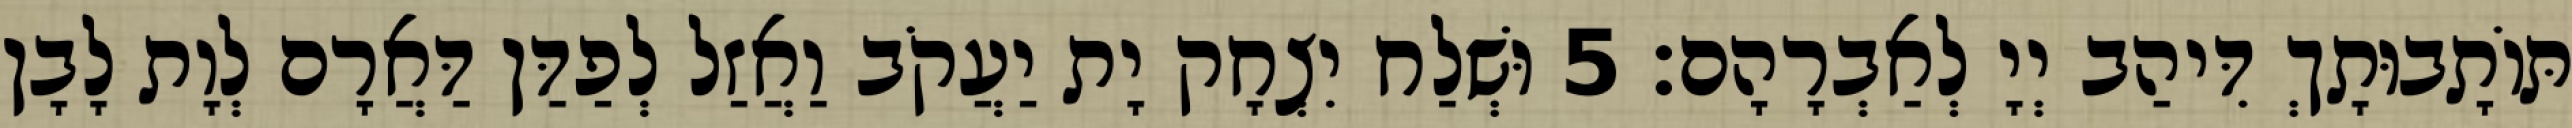
תּוֹתָבוּתָךְ דִּיהַב יְיָ לְאַבְרָהָם׃ 5 וּשְׁלַח יִצְחָק יָת יַעֲקֹב וַאֲזַל לְפַדַּן דַּאֲרָם לְוָת לָבָן